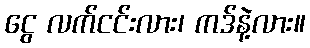
ငွေ လက်ငင်းလား၊ ကဒ်နဲ့လား။